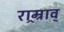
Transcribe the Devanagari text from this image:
राम्र्राव्